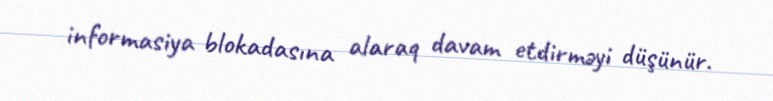
informasiya blokadasına alaraq davam etdirməyi düşünür.